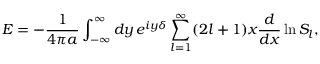
E = - { \frac { 1 } { 4 \pi a } } \int _ { - \infty } ^ { \infty } d y \, e ^ { i y \delta } \sum _ { l = 1 } ^ { \infty } ( 2 l + 1 ) x { \frac { d } { d x } } \ln S _ { l } ,